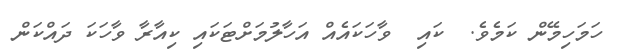
ހަމަހިމޭން ކަމެވެ.  ކައި  ވާހަކައެއް އަހާލުމަށްޓަކައި ކިއާރާ ވާހަކަ ދައްކަން